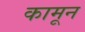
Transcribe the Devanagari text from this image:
कामून